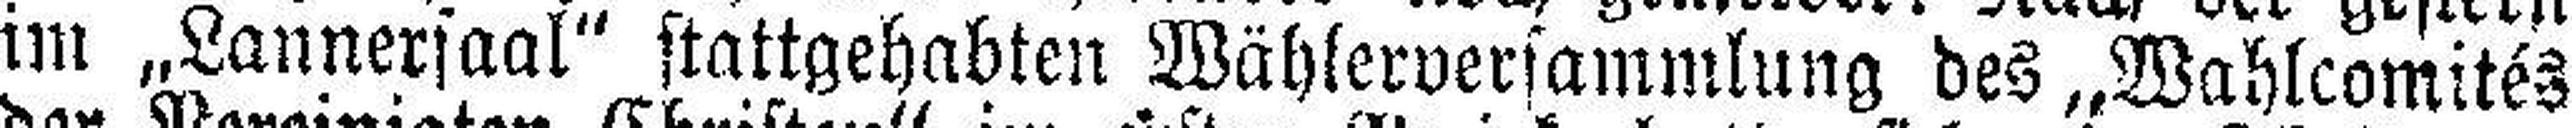
im „Lannersaal“ stattgehabten Wählerversammlung des „Wahlcomités